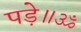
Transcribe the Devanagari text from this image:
पड़े॥ॐ